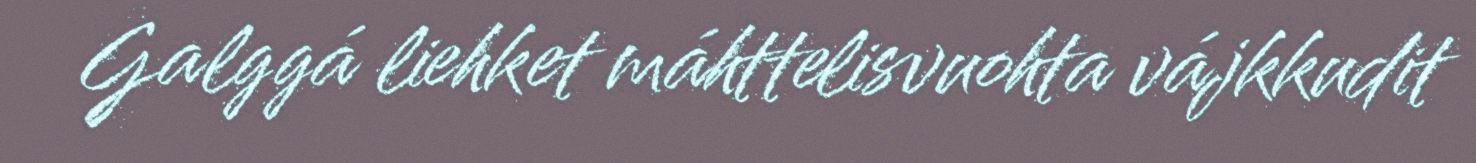
Galggá liehket máhttelisvuohta vájkkudit